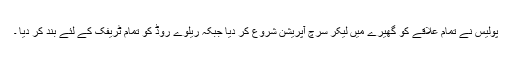
پولیس نے تمام علاقے کو گھیرے میں لیکر سرچ آپریشن شروع کر دیا جبکہ ریلوے روڈ کو تمام ٹریفک کے لئے بند کر دیا ۔